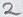
Text: 2